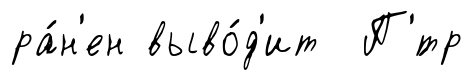
ра́н'ен выво́д'ит П'́тр